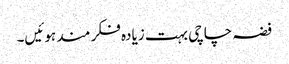
فضہ چاچی بہت زیادہ فکر مند ہوئیں۔